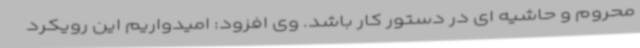
محروم و حاشیه ای در دستور کار باشد. وی افزود: امیدواریم این رویکرد